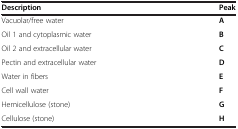
<table><thead><tr><td><b>Description</b></td><td><b>Peak</b></td></tr></thead><tbody><tr><td>Vacuolar/free water</td><td><b>A</b></td></tr><tr><td>Oil 1 and cytoplasmic water</td><td><b>B</b></td></tr><tr><td>Oil 2 and extracellular water</td><td><b>C</b></td></tr><tr><td>Pectin and extracellular water</td><td><b>D</b></td></tr><tr><td>Water in fibers</td><td><b>E</b></td></tr><tr><td>Cell wall water</td><td><b>F</b></td></tr><tr><td>Hemicellulose (stone)</td><td><b>G</b></td></tr><tr><td>Cellulose (stone)</td><td><b>H</b></td></tr></tbody></table>